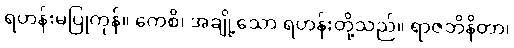
ရဟန်းမပြုကုန်။ ကေစိ၊ အချို့သော ရဟန်းတို့သည်။ ရာဇဘိနိတာ၊